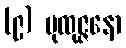
(၉) ပုထုဇ္ဇနော